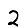
Digit: 2